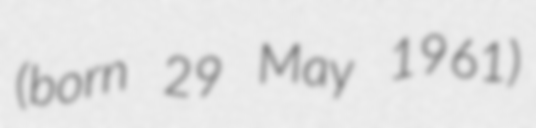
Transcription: (born 29 May 1961)